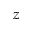
z